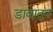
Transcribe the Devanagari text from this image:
डावातून